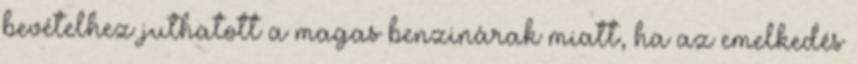
bevételhez juthatott a magas benzinárak miatt, ha az emelkedés